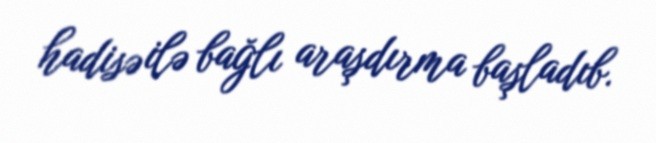
hadisə ilə bağlı araşdırma başladıb.